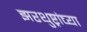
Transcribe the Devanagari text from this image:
झरथुष्ट्रांच्या